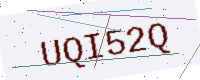
Text: UQI52Q